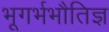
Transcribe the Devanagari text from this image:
भूगर्भभौतिज्ञ